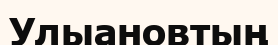
Улыановтың